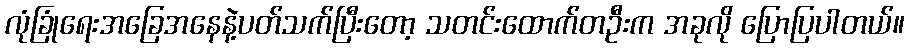
လုံခြုံရေးအခြေအနေနဲ့ပတ်သက်ပြီးတော့ သတင်းထောက်တဦးက အခုလို ပြောပြပါတယ်။